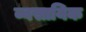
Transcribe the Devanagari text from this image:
व्वसायिक